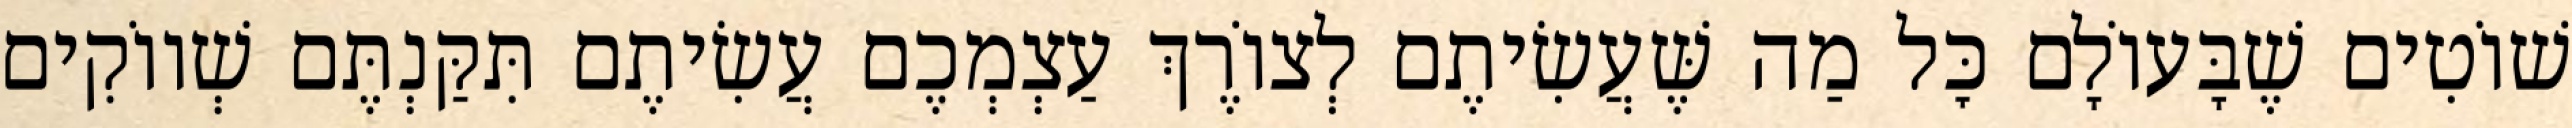
שׁוֹטִים שֶׁבָּעוֹלָם כׇּל מַה שֶּׁעֲשִׂיתֶם לְצוֹרֶךְ עַצְמְכֶם עֲשִׂיתֶם תִּקַּנְתֶּם שְׁווֹקִים